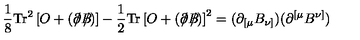
\frac { 1 } { 8 } \mathrm { T r } ^ { 2 } \left[ O + \left( \partial \! \! \! / B \! \! \! \! / \right) \right] - \frac { 1 } { 2 } \mathrm { T r } \left[ O + \left( \partial \! \! \! / B \! \! \! \! / \right) \right] ^ { 2 } = ( \partial _ { \lbrack \mu } B _ { \nu ] } ) ( \partial ^ { \lbrack \mu } B ^ { \nu ] } )